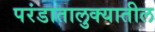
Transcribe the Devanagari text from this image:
परंडातालुक्यातील